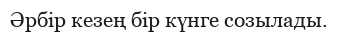
Әрбiр кезең бiр күнге созылады.